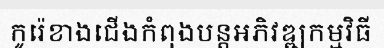
កូរ៉េខាងជើងកំពុងបន្តអភិវឌ្ឍកម្មវិធី